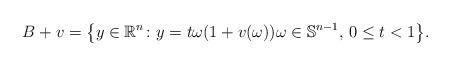
LaTeX: \begin{align*}B+v=\big\{y\in \mathbb R^n\colon y=t\omega(1+v(\omega))\omega\in \mathbb S^{n-1}, \, 0\le t<1\big\}. \end{align*}